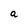
Character: a